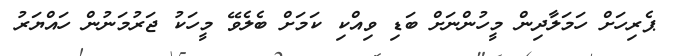
ޕެރިހަށް ހަމަލާދިން މީހުންނަށް ބަޑި ވިއްކި ކަމަށް ބެލެވޭ މީހަކު ޖަރުމަނުން ހައްޔަރު